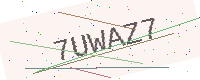
Text: 7UWAZ7